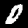
Digit: 0